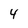
Character: 4